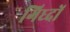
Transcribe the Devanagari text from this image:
गिध्दों